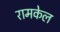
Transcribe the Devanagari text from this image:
रामकेल